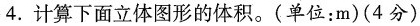
4.计算下面立体图形的体积。(单位：m)(4分)